Lunatic asylums Punjab 1868-1880 - 1868-1880
Year: 1868
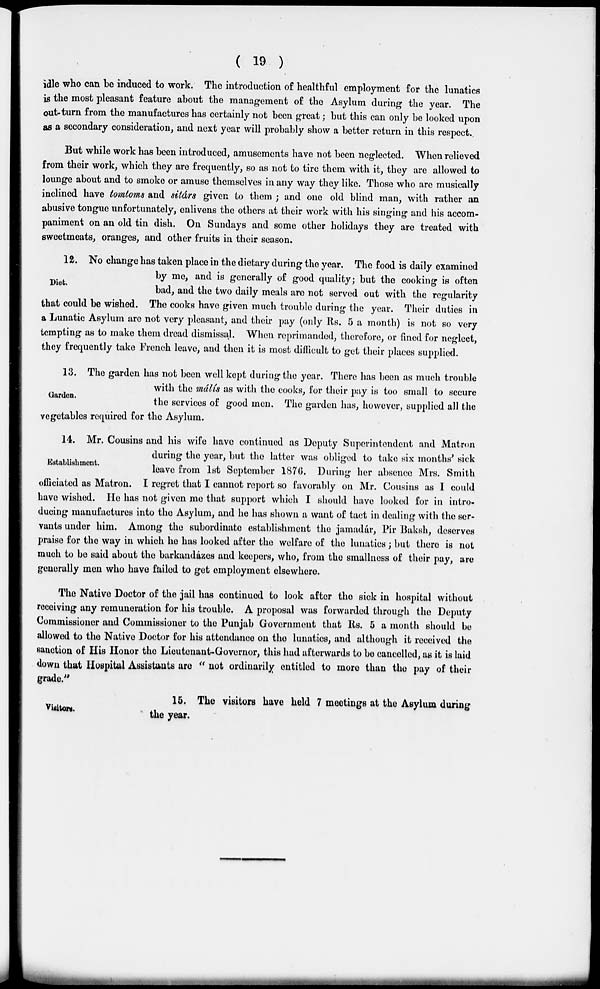
( 19 )
idle who can be induced to work. The introduction of healthful employment for the lunatics
is the most pleasant feature about the management of the Asylum during the year. The
out-turn from the manufactures has certainly not been great; but this can only be looked upon
as a secondary consideration, and next year will probably show a better return in this respect,
But while work has been introduced, amusements have not been neglected. When relieved
from their work, which they are frequently, so as not to tire them with it, they are allowed to
lounge about and to smoke or amuse themselves in any way they like. Those who are musically
inclined have tomtoms and sitárs given to them ; and one old blind man, with rather an
abusive tongue unfortunately, enlivens the others at their work with his singing and his accom-
paniment on an old tin dish. On Sundays and some other holidays they are treated with
sweetmeats, oranges, and other fruits in their season.
Diet.
12. No change has taken place in the dietary during the year. The food is daily examined
by me, and is generally of good quality; but the cooking is often
bad, and the two daily meals are not served out with the regularity
that could be wished. The cooks have given much trouble during the year. Their duties in
a Lunatic Asylum are not very pleasant, and their pay (only Rs. 5 a month) is not so very
tempting as to make them dread dismissal. When reprimanded, therefore, or fined for neglect,
they frequently take French leave, and then it is most difficult to get their places supplied.
Garden.
13. The garden has not been well kept during the year. There has been as much trouble
with the málís as with the cooks, for their pay is too small to secure
the services of good men. The garden has, however, supplied all the
vegetables required for the Asylum.
Establishment.
14. Mr. Cousins and his wife have continued as Deputy Superintendent and Matron
during the year, but the latter was obliged to take six months' sick
leave from 1st September 1876. During her absence Mrs. Smith
officiated as Matron. I regret that I cannot report so favorably on Mr. Cousins as I could
have wished. He has not given me that support which I should have looked for in intro-
ducing manufactures into the Asylum, and he has shown a want of tact in dealing with the ser-
vants under him. Among the subordinate establishment the jamadár, Pír Baksh, deserves
praise for the way in which he has looked after the welfare of the lunatics; but there is not
much to be said about the barkandázes and keepers, who, from the smallness of their pay, are
generally men who have failed to get employment elsewhere.
The Native Doctor of the jail has continued to look after the sick in hospital without
receiving any remuneration for his trouble. A proposal was forwarded through the Deputy
Commissioner and Commissioner to the Punjab Government that Rs. 5 a month should be
allowed to the Native Doctor for his attendance on the lunatics, and although it received the
sanction of His Honor the Lieutenant-Governor, this had afterwards to be cancelled, as it is laid
down that Hospital Assistants are " not ordinarily entitled to more than the pay of their
grade,"
Visitors.
15. The visitors have held 7 meetings at the Asylum during
the year.